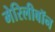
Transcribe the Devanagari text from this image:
मेरिलीबॉन